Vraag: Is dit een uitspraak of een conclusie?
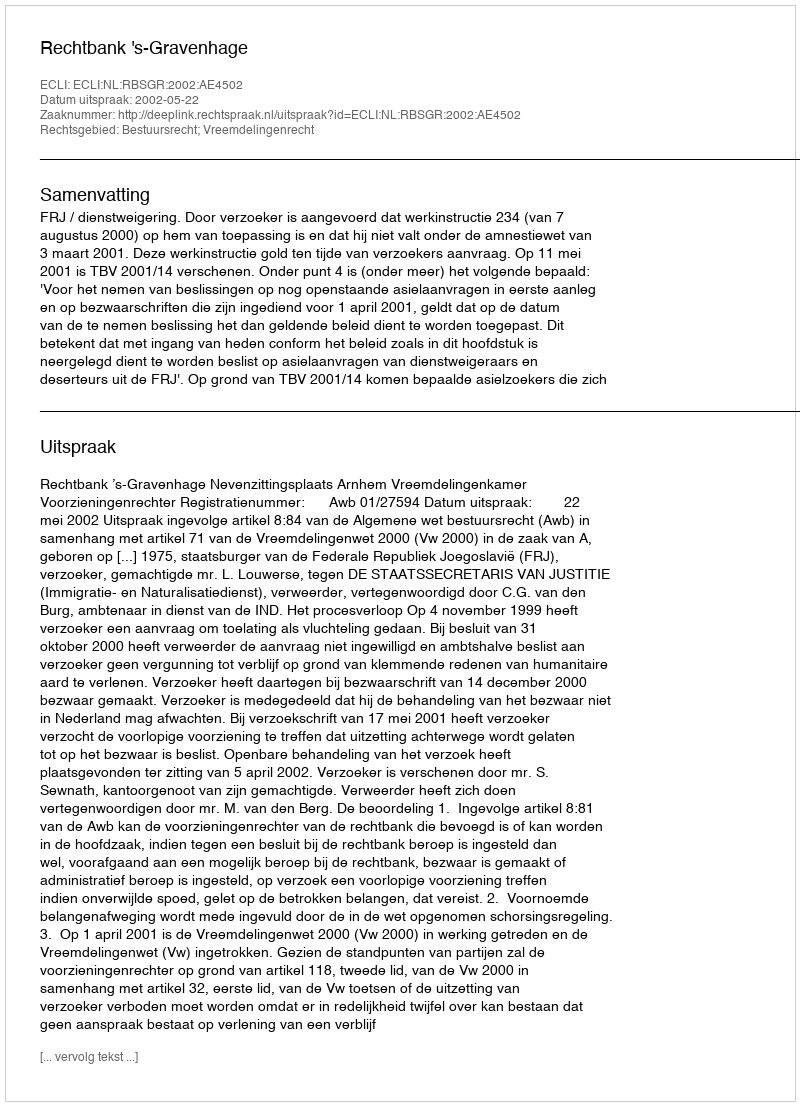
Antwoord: Uitspraak